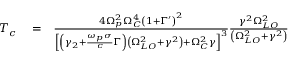
\begin{array} { r l r } { T _ { c } } & { { } = } & { \frac { 4 \Omega _ { p } ^ { 2 } \Omega _ { C } ^ { 4 } \left( 1 + \Gamma ^ { \prime } \right) ^ { 2 } } { \left[ \left( \gamma _ { 2 } + \frac { \omega _ { p } \sigma } { c } \Gamma \right) \left( \Omega _ { L O } ^ { 2 } + \gamma ^ { 2 } \right) + \Omega _ { C } ^ { 2 } \gamma \right] ^ { 3 } } \frac { \gamma ^ { 2 } \Omega _ { L O } ^ { 2 } } { \left( \Omega _ { L O } ^ { 2 } + \gamma ^ { 2 } \right) } } \end{array}